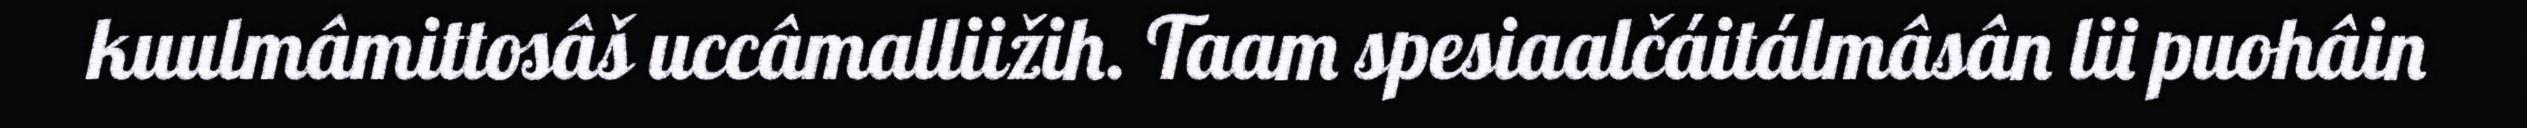
kuulmâmittosâš uccâmalliižih. Taam spesiaalčáitálmâsân lii puohâin